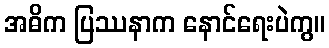
အဓိက ပြဿနာက နောင်ရေးပဲကွ။